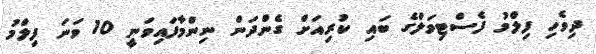
ދިވެހި ފިލްމު ފެސްޓިވަލްގެ ބައި ކުރިއަށް ގެންދަން ނިންމާފައިވަނީ 10 ވަނަ ފިލްމު